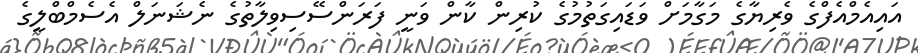
އައިއެމްއެފްގެ ވެރިޔާގެ މަގާމަށް ވަޑައިގަތުމުގެ ކުރިން ކާން ވަނީ ފަރަންސޭސިވިލާތުގެ ނެޝަނަލް އެސެމްބްލީގެ